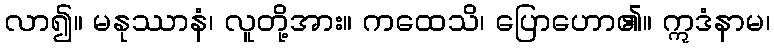
လာ၍။ မနုဿာနံ၊ လူတို့အား။ ကထေသိ၊ ပြောဟော၏။ ဣဒံနာမ၊